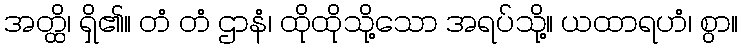
အတ္ထိ၊ ရှိ၏။ တံ တံ ဌာနံ၊ ထိုထိုသို့သော အရပ်သို့။ ယထာရဟံ၊ စွာ။